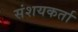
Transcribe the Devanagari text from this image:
संशयकर्ता